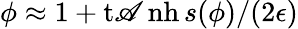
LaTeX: \phi\approx1+\operatorname{t\mathscr{A}nh}{s(\phi)/(2\epsilon)}